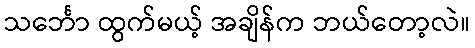
သင်္ဘော ထွက်မယ့် အချိန်က ဘယ်တော့လဲ။